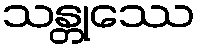
သန္တုဿေ